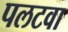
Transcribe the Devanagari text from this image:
पलटवा